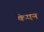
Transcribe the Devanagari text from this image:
केयन